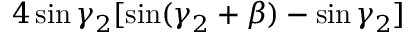
4 \sin \gamma _ { 2 } [ \sin ( \gamma _ { 2 } + \beta ) - \sin \gamma _ { 2 } ]